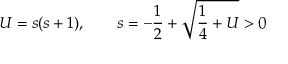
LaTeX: U = s ( s + 1 ) , \qquad s = - \frac 1 2 + \sqrt { \frac 1 4 + U } > 0